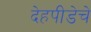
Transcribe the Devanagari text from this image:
देहपीडेचे